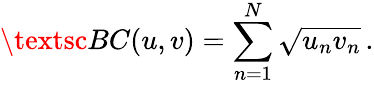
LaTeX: \textsc{BC}(u,v)=\sum_{n=1}^{N}\sqrt{u_{n}v_{n}}\, .